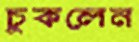
চুকলেন